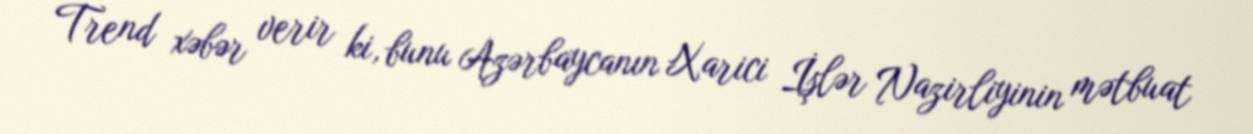
Trend xəbər verir ki, bunu Azərbaycanın Xarici İşlər Nazirliyinin mətbuat